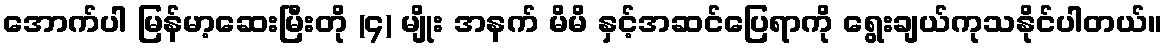
အောက်ပါ မြန်မာ့ဆေးမြီးတို (၄) မျိုး အနက် မိမိ နှင့်အဆင်ပြေရာကို ရွေးချယ်ကုသနိုင်ပါတယ်။